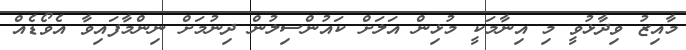
މާއިޒު ވިދާޅުވީ މި އިނާމަކީ މުޅިން އަލަށް ކައުންސިލުން ދިނުމަށް ނިންމާފައިވާ އެވޯޑެއް